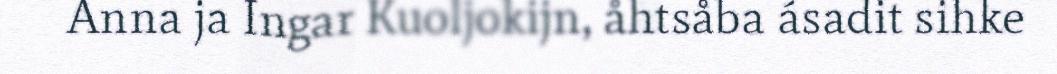
Anna ja Ingar Kuoljokijn, åhtsåba ásadit sihke